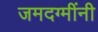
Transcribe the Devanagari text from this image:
जमदग्मींनी